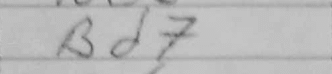
Transcription: Bd7